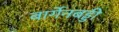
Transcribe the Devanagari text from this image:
बार्गेनबड्डी